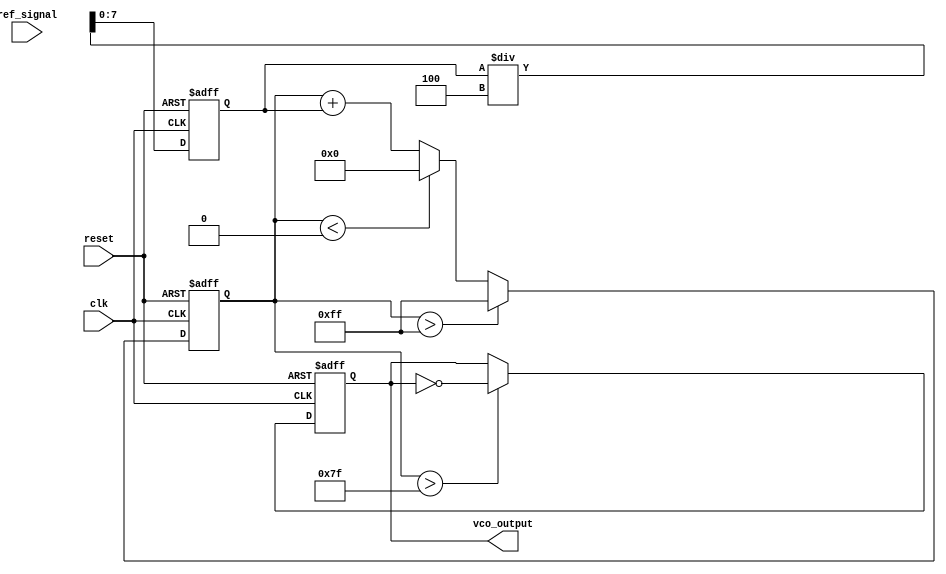
module memory_blocks_pll (
    input wire clk,                // Clock input
    input wire reset,              // Asynchronous reset
    input wire ref_signal,         // Reference input signal
    output reg vco_output          // VCO output signal
);

    // Parameters
    parameter PHASE_WIDTH = 8;     // Width of phase error signal
    parameter FILTER_SIZE = 4;      // Size of the memory block for the filter
    parameter VCO_MAX_FREQ = 255;   // Maximum frequency output of VCO
    parameter VCO_MIN_FREQ = 0;     // Minimum frequency output of VCO

    // Internal signals
    reg [PHASE_WIDTH-1:0] phase_error;
    reg [PHASE_WIDTH-1:0] filter_output [0:FILTER_SIZE-1];
    reg [PHASE_WIDTH-1:0] vco_control;
    reg [PHASE_WIDTH-1:0] vco_freq;
    integer i;

    // Phase Detector
    always @(posedge clk or posedge reset) begin
        if (reset) begin
            phase_error <= 0;
        end else begin
            // Simple XOR phase detector (assumes ref_signal and vco_output are 1-bit)
            phase_error <= (ref_signal ^ vco_output) ? 1 : 0;
        end
    end

    // Loop Filter
    always @(posedge clk or posedge reset) begin
        if (reset) begin
            for (i = 0; i < FILTER_SIZE; i = i + 1) begin
                filter_output[i] <= 0;
            end
            vco_control <= 0;
        end else begin
            // Shift memory block and add phase error
            for (i = FILTER_SIZE-1; i > 0; i = i - 1) begin
                filter_output[i] <= filter_output[i-1];
            end
            filter_output[0] <= phase_error;

            // Simple moving average filter output
            vco_control <= 0;
            for (i = 0; i < FILTER_SIZE; i = i + 1) begin
                vco_control <= vco_control + filter_output[i];
            end
            vco_control <= vco_control / FILTER_SIZE; // Averaging
        end
    end

    // Voltage-Controlled Oscillator (VCO)
    always @(posedge clk or posedge reset) begin
        if (reset) begin
            vco_freq <= VCO_MIN_FREQ; // Start at minimum frequency
        end else begin
            // Control VCO frequency based on the filtered output
            vco_freq <= vco_freq + vco_control; // Adjust frequency
            if (vco_freq > VCO_MAX_FREQ) begin
                vco_freq <= VCO_MAX_FREQ; // Cap frequency
            end else if (vco_freq < VCO_MIN_FREQ) begin
                vco_freq <= VCO_MIN_FREQ; // Cap frequency
            end
        end
    end

    // Generate VCO output based on frequency
    always @(posedge clk or posedge reset) begin
        if (reset) begin
            vco_output <= 0;
        end else begin
            // VCO output generation (toggle output based on frequency)
            // This simple model assumes a frequency control which affects the output directly.
            // In practice, a more complex oscillator design would be implemented.
            if (vco_freq > (VCO_MAX_FREQ / 2)) begin
                vco_output <= ~vco_output; // Toggle output for simplicity
            end
        end
    end

endmodule